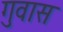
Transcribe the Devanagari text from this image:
गुवास